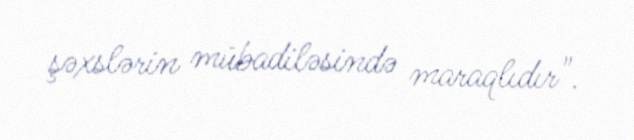
şəxslərin mübadiləsində maraqlıdır".